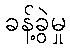
ခန့်ခွဲမှု